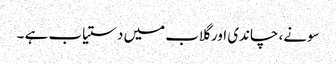
سونے، چاندی اور گلاب میں دستیاب ہے ۔